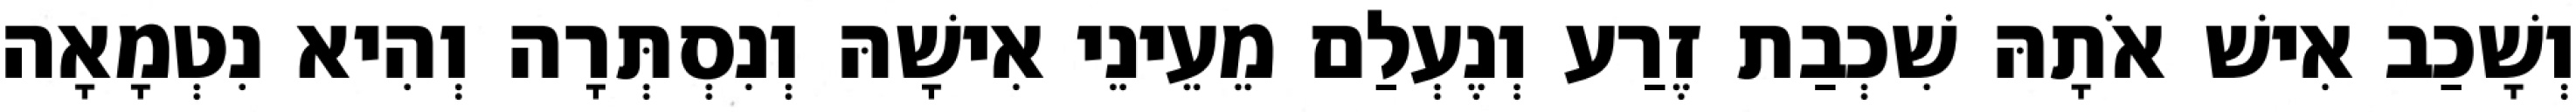
וְשָׁכַב אִישׁ אֹתָהּ שִׁכְבַת זֶרַע וְנֶעְלַם מֵעֵינֵי אִישָׁהּ וְנִסְתְּרָה וְהִיא נִטְמָאָה